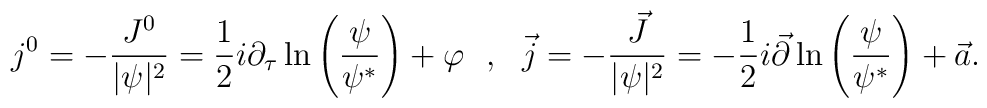
j^0=-\frac{J^0}{|\psi|^2}=\frac{1}{2}i\partial_\tau\ln\left(\frac{\psi}{\psi^*}\right)+\varphi\ \ ,\ \ \vec{j}=-\frac{\vec{J}}{|\psi|^2}=-\frac{1}{2}i\vec{\partial}\ln\left(\frac{\psi}{\psi^*}\right)+\vec{a}.